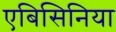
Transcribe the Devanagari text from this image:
एबिसिनिया